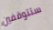
ستتوقفين